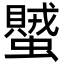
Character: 蠈